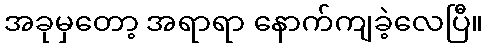
အခုမှတော့ အရာရာ နောက်ကျခဲ့လေပြီ။